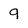
Character: 9